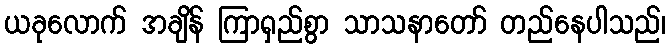
ယခုလောက် အချိန် ကြာရှည်စွာ သာသနာတော် တည်နေပါသည်၊